Annual administration and progress report of the Indian Medical Department, Bombay
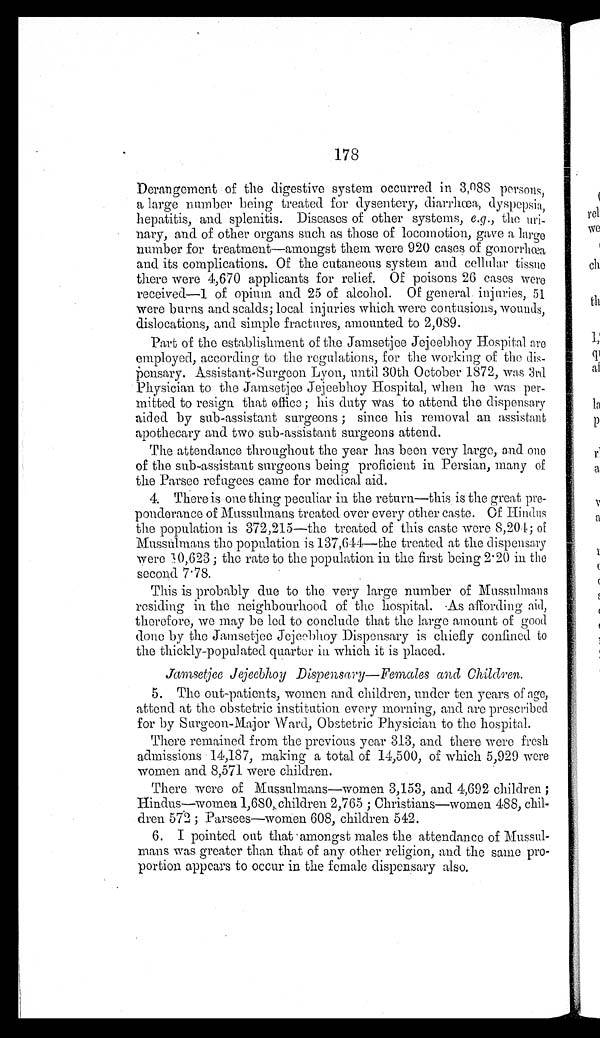
178
Derangement of the digestive system occurred in 3,088 persons,
a large number being treated for dysentery, diarrhœa, dyspepsia,
hepatitis, and splenitis. Diseases of other systems, e.g ., the uri-
nary, and of other organs such as those of locomotion, gave a large
number for treatment—amongst them were 920 cases of gonorrhœa
and its complications. Of the cutaneous system and cellular tissue
there were 4,670 applicants for relief. Of poisons 26 cases were
received—1 of opium and 25 of alcohol. Of general injuries, 51
were burns and scalds; local injuries which were contusions, wounds,
dislocations, and simple fractures, amounted to 2,089.
Part of the establishment of the Jamsetjee Jejeebhoy Hospital are
employed, according to the regulations, for the working of the dis-
pensary. Assistant-Surgeon Lyon, until 30th October 1872, was 3rd
Physician to the Jamsetjee Jejeebhoy Hospital, when he was per-
mitted to resign that office ; his duty was to attend the dispensary
aided by sub-assistant surgeons ; since his removal an assistant
apothecary and two sub-assistant surgeons attend.
The attendance throughout the year has been very large, and one
of the sub-assistant surgeons being proficient in Persian, many of
the Parsee refugees came for medical aid.
4. There is one thing peculiar in the return—this is the great pre
- p o n d e r a n c e o f M u s s u l m a n s t r e a t e d o v e r e v e r y o t h e r c a s t e . O f H i n d u s
the population is 372,215—the treated of this caste were 8,204; of
Mussulmans the population is 137,644—the treated at the dispensary
were 10,623 ; the rate to the population in the first being 2.20 in tho
second 7.78.
This is probably due to the very large number of Mussulmans
residing in the neighbourhood of the hospital. As affording aid,
therefore, we may be led to conclude that the large amount of good
done by the Jamsetjee Jejeebhoy Dispensary is chiefly confined to
the thickly-populated quarter in which it is placed.
Jamsetjee Jejeebhoy Dispensary—Females and Children.
5. The out-patients, women and children, under ten years of age,
attend at the obstetric institution every morning, and are prescribed
for by Surgeon-Major Ward, Obstetric Physician to the hospital.
There remained from the previous year 313, and there were fresh
admissions 14,187, making a total of 14,500, of which 5,929 were
women and 8,571 were children.
There were of Mussulmans—women 3,153, and 4,692 children ;
Hindus—women 1,680,.children 2,765 ; Christians—women 488, chil-
dren 572 ; Parsees—women 608, children 542.
6. I pointed out that amongst males the attendance of Mussul-
mans was greater than that of any other religion, and the same pro
- p o r t i o n a p p e a r s t o o c c u r i n t h e f e m a l e d i s p e n s a r y a l s o .